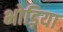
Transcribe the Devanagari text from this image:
भोड़िया